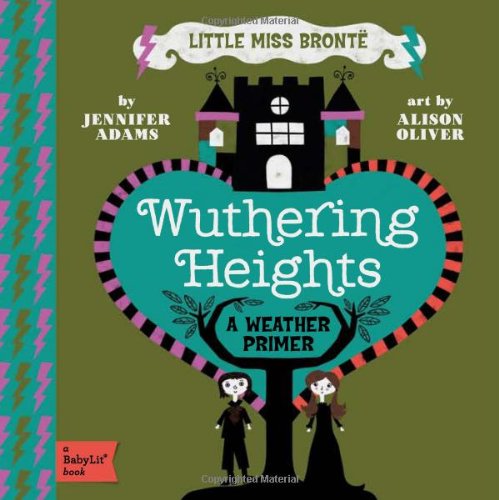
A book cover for Wuthering Heights: A BabyLitÂ® Weather Primer; Jennifer Adams; Children's Books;